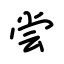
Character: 尝